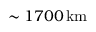
\sim 1 7 0 0 \, \mathrm { k m }